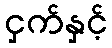
ငှက်နှင့်